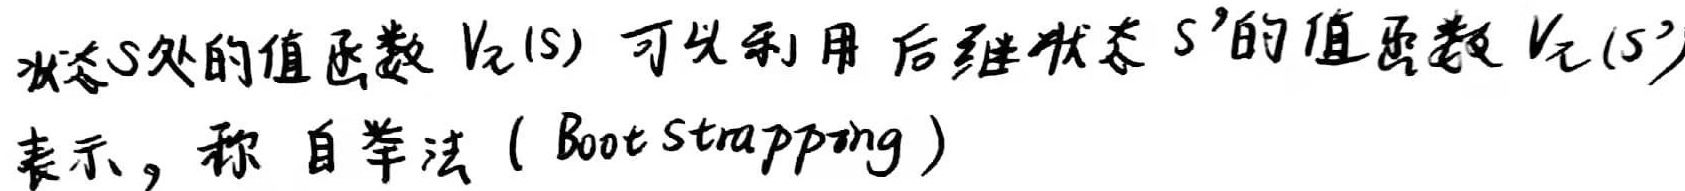
状态$s$处的值函数$V_{\pi}(s)$可以利用后继状态$s'$的值函数$V_{\pi}(s')$表示，称自举法（Bootstrapping）